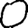
Digit: 0